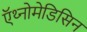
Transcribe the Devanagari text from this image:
ऍथ्नोमेडिसिन